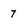
Character: 7